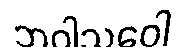
ဘဝါသဝေါ